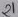
Text: 21